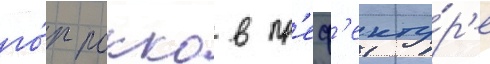
го́р рокко в пр'еф'екту́р'е